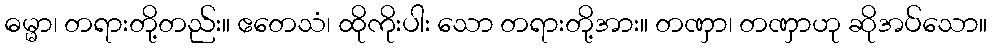
ဓမ္မာ၊ တရားတို့တည်း။ ဧတေသံ၊ ထိုကိုးပါး သော တရားတို့အား။ တဏှာ၊ တဏှာဟု ဆိုအပ်သော။